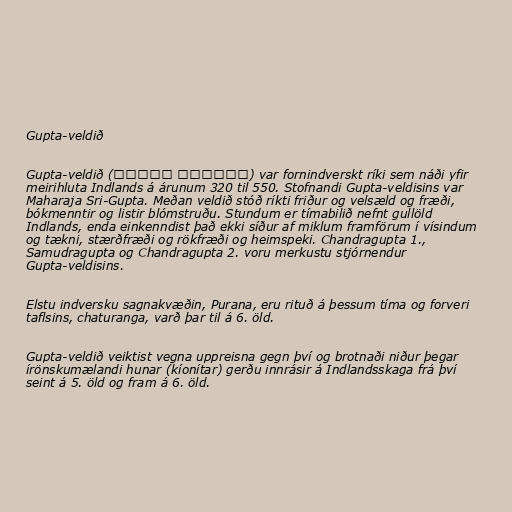
Gupta-veldið

Gupta-veldið (गुप्त राजवंश) var fornindverskt ríki sem náði yfir
meirihluta Indlands á árunum 320 til 550. Stofnandi Gupta-veldisins var
Maharaja Sri-Gupta. Meðan veldið stóð ríkti friður og velsæld og fræði,
bókmenntir og listir blómstruðu. Stundum er tímabilið nefnt gullöld
Indlands, enda einkenndist það ekki síður af miklum framförum í vísindum
og tækni, stærðfræði og rökfræði og heimspeki. Chandragupta 1.,
Samudragupta og Chandragupta 2. voru merkustu stjórnendur
Gupta-veldisins.

Elstu indversku sagnakvæðin, Purana, eru rituð á þessum tíma og forveri
taflsins, chaturanga, varð þar til á 6. öld.

Gupta-veldið veiktist vegna uppreisna gegn því og brotnaði niður þegar
írönskumælandi hunar (kíonítar) gerðu innrásir á Indlandsskaga frá því
seint á 5. öld og fram á 6. öld.